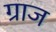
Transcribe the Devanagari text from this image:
ग्राज